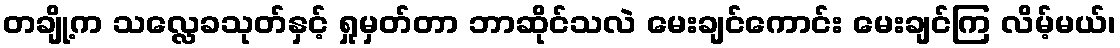
တချို့က သလ္လေခသုတ်နှင့် ရှုမှတ်တာ ဘာဆိုင်သလဲ မေးချင်ကောင်း မေးချင်ကြ လိမ့်မယ်၊